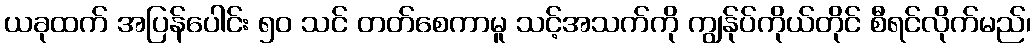
ယခုထက် အပြန်ပေါင်း ၅၀ သင် တတ်စေကာမူ သင့်အသက်ကို ကျွန်ုပ်ကိုယ်တိုင် စီရင်လိုက်မည်၊